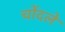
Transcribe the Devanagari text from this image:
चोंदले